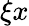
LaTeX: \xi{x}